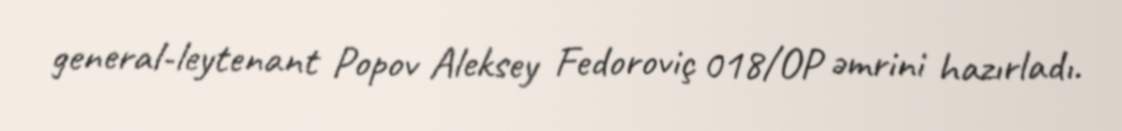
general-leytenant Popov Aleksey Fedoroviç 018/OP əmrini hazırladı.